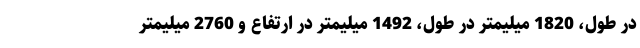
در طول، 1820 میلیمتر در طول، 1492 میلیمتر در ارتفاع و 2760 میلیمتر